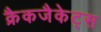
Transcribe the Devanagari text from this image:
क्रैकजैकेट्स